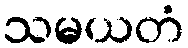
သမယတံ